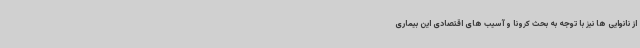
از نانوایی ها نیز با توجه به بحث کرونا و آسیب های اقتصادی این بیماری